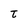
Character: t